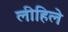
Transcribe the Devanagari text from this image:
लीहिले